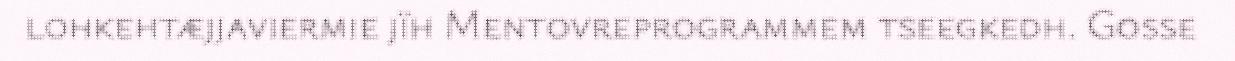
lohkehtæjjaviermie jïh Mentovreprogrammem tseegkedh. Gosse